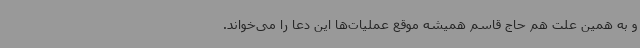
و به همین علت هم حاج قاسم همیشه موقع عملیات‌ها این دعا را می‌خواند.